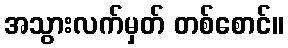
အသွားလက်မှတ် တစ်စောင်။